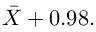
\! { \bar { X } } + 0 . 9 8 .